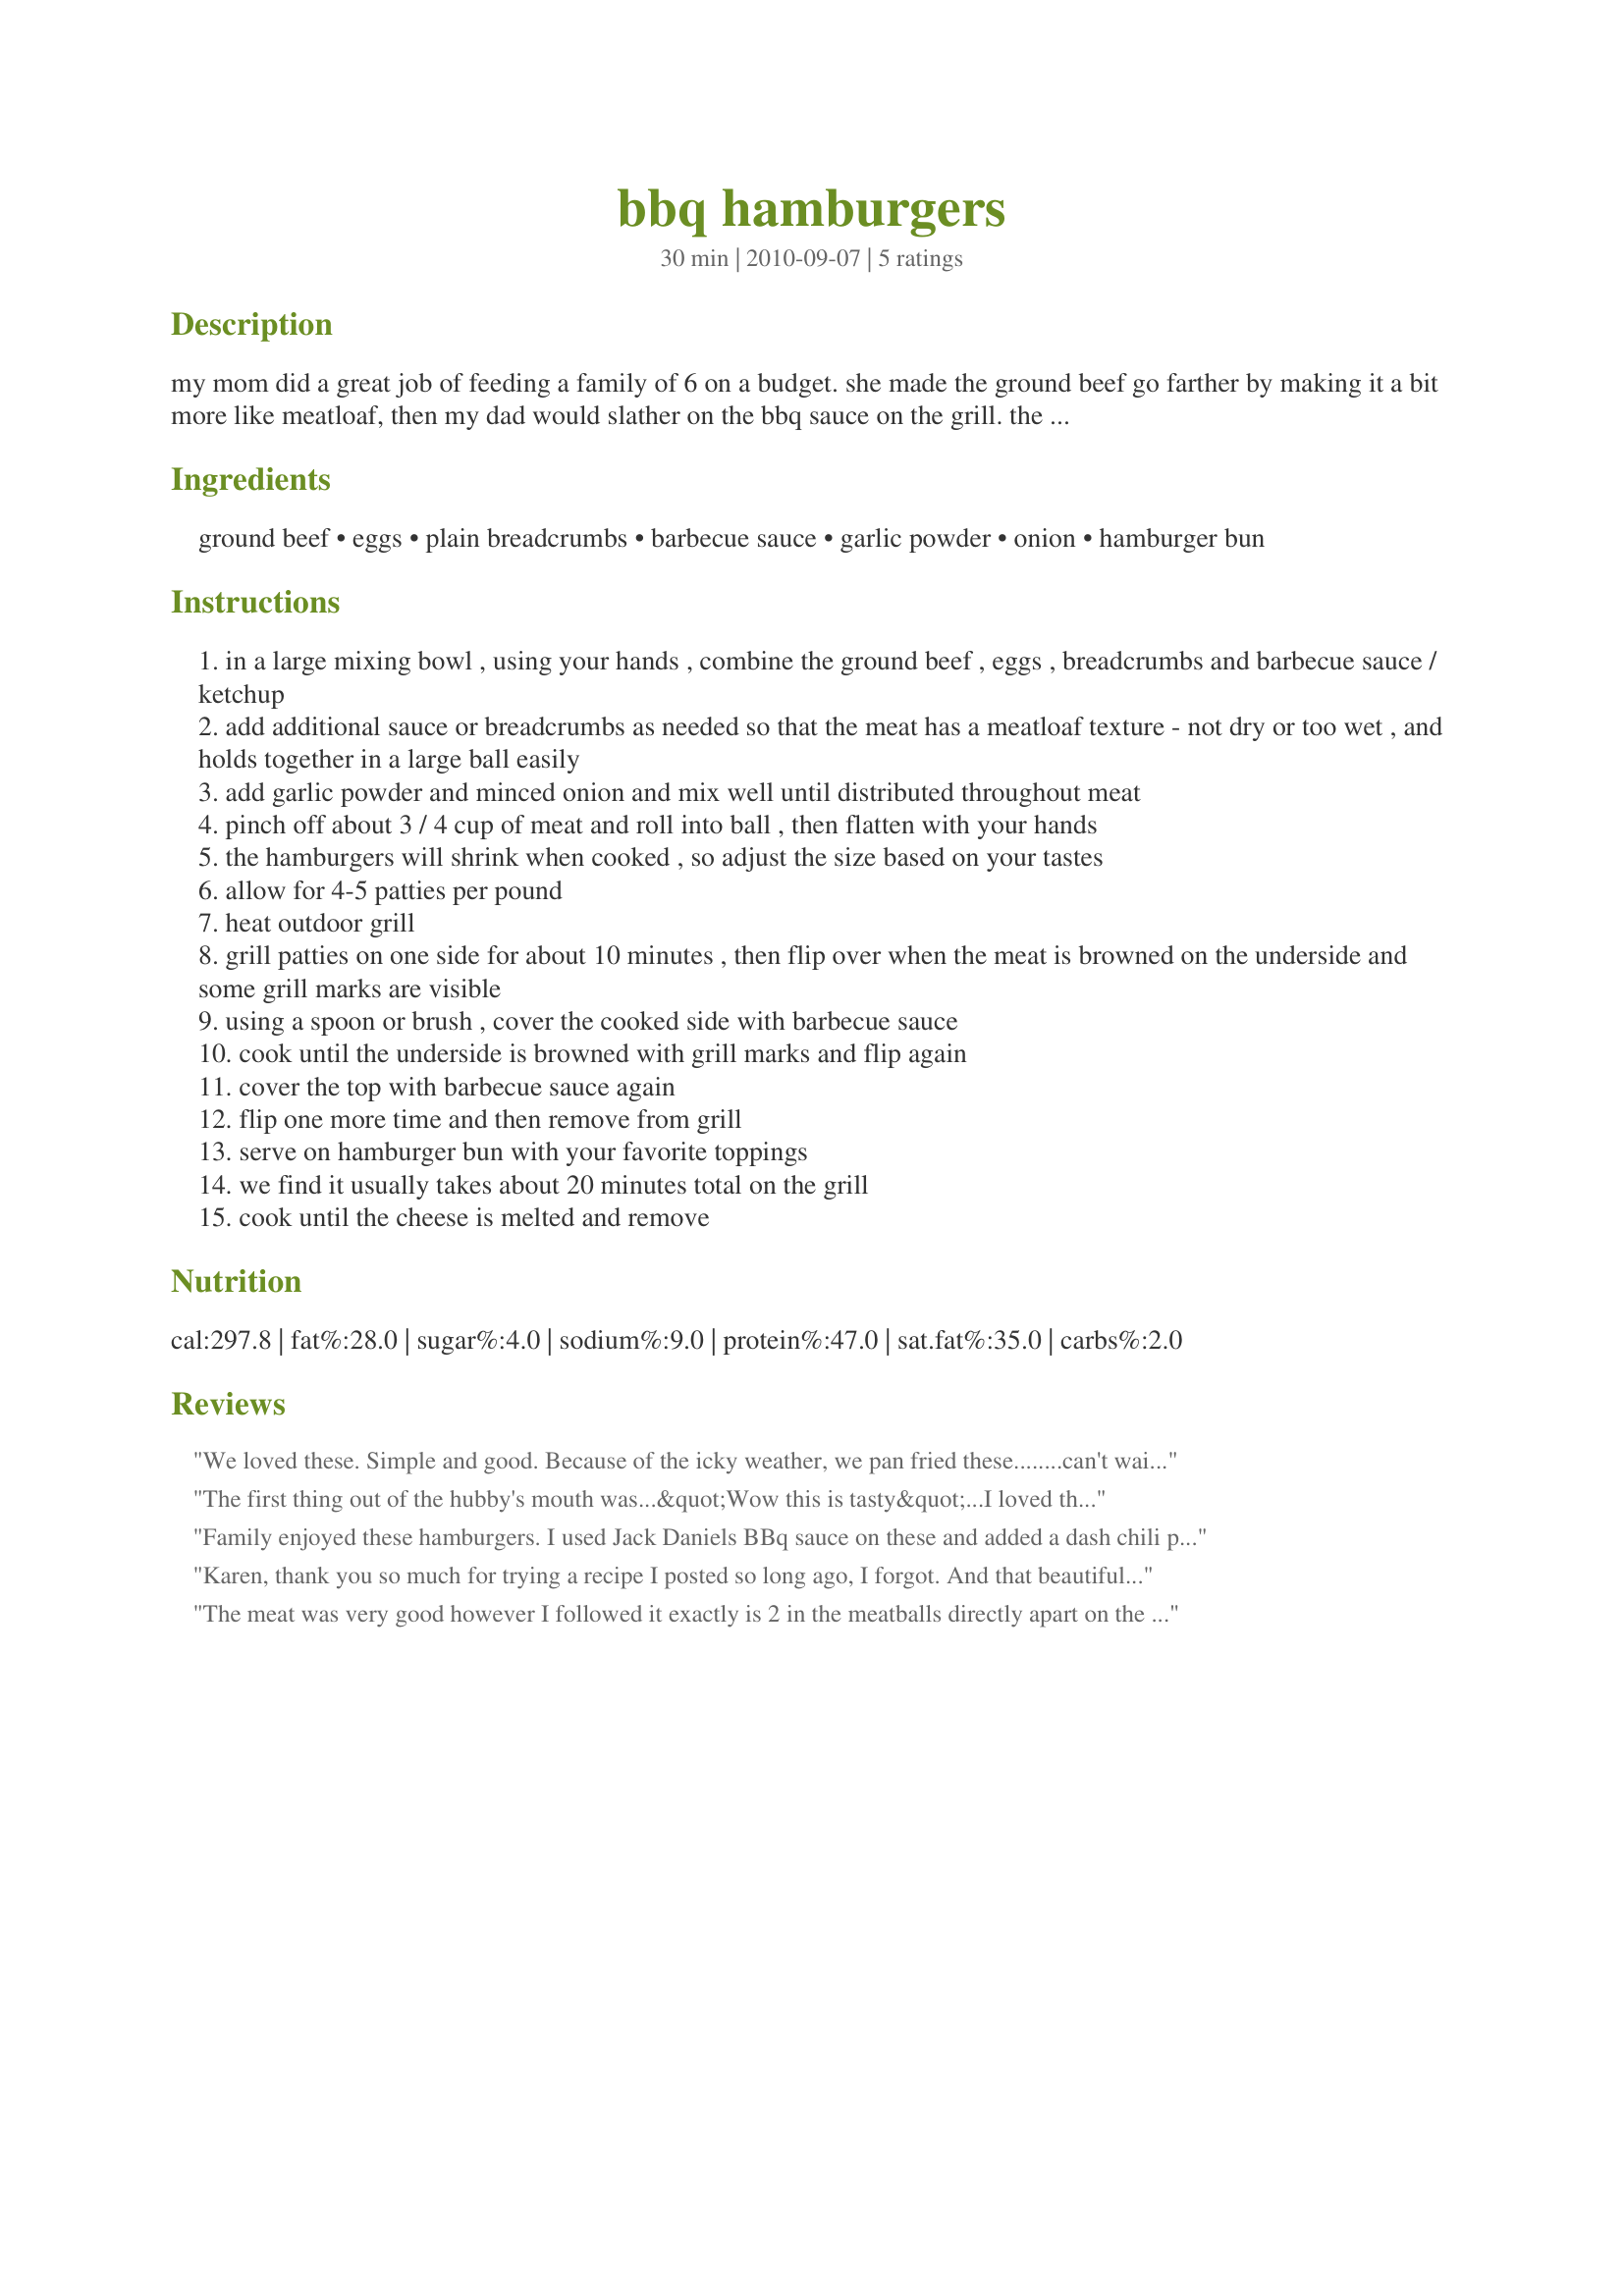
bbq hamburgers
Preparation time: 30 minutes

my mom did a great job of feeding a family of 6 on a budget. she made the ground beef go farther by making it a bit more like meatloaf, then my dad would slather on the bbq sauce on the grill. the result are tasty, moist hamburgers.

Ingredients:
ground beef, eggs, plain breadcrumbs, barbecue sauce, garlic powder, onion, hamburger bun

Steps:
in a large mixing bowl , using your hands , combine the ground beef , eggs , breadcrumbs and barbecue sauce / ketchup
add additional sauce or breadcrumbs as needed so that the meat has a meatloaf texture - not dry or too wet , and holds together in a large ball easily
add garlic powder and minced onion and mix well until distributed throughout meat
pinch off about 3 / 4 cup of meat and roll into ball , then flatten with your hands
the hamburgers will shrink when cooked , so adjust the size based on your tastes
allow for 4-5 patties per pound
heat outdoor grill
grill patties on one side for about 10 minutes , then flip over when the meat is browned on the underside and some grill marks are visible
using a spoon or brush , cover the cooked side with barbecue sauce
cook until the underside is browned with grill marks and flip again
cover the top with barbecue sauce again
flip one more time and then remove from grill
serve on hamburger bun with your favorite toppings
we find it usually takes about 20 minutes total on the grill
cook until the cheese is melted and remove

Reviews:
We loved these. Simple and good. Because of the icky weather, we pan fried these........can't wait to make them again next summer on the grill and get that wonderful smoky flavor. I used a smoky BBQ sauce and some pepper jack cheese. Yum. Thanks for sharing, Karen. Made for FYC tag.
The first thing out of the hubby's mouth was...&quot;Wow this is tasty&quot;...I loved the way the patty held it's shape while cooking and not falling apart...the barbecue sauce was a really nice addition...I did throw on a slice of cheese and some slice onion...It really does taste a bit like meatloaf...it was delicious...made for...&quot;Went to Market&quot; tag game...
Family enjoyed these hamburgers. I used Jack Daniels BBq sauce on these and added a dash chili powder to these. Made for Potluck tag..
Karen, thank you so much for trying a recipe I posted so long ago, I forgot. And that beautiful picture - wonderful. So since I don't know how to thank you properly, I went to your recipe folder and picked the first one - we have a talegate this Sunday at the opening game at the Giant's Stadium. Tried out just one, and perfection! My family will be most pleased. We have one of those mini grills just for the games and this burger will get high marks.
The meat was very good however I followed it exactly is 2 in the meatballs directly apart on the grill so I ended up just Browning meat on the grill instead of making hamburgers
